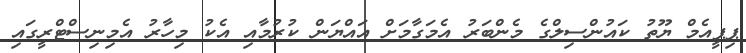
ޕިޕީއެމް ޔޫތު ކައުންސިލްގެ މެންބަރު އެމަގާމަށް އައްޔަން ކުރުމާއި އެކު މިހާރު އެމިނިސްޓްރީގައި